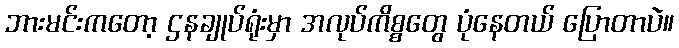
ဘားမင်းကတော့ ဌနချုပ်ရုံးမှာ အလုပ်ကိစ္စတွေ ပုံနေတယ် ပြောတာပဲ။